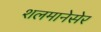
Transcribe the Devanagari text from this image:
शलमानेसेर